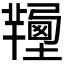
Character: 𢐽